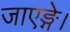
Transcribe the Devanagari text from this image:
जाएङ्गे।